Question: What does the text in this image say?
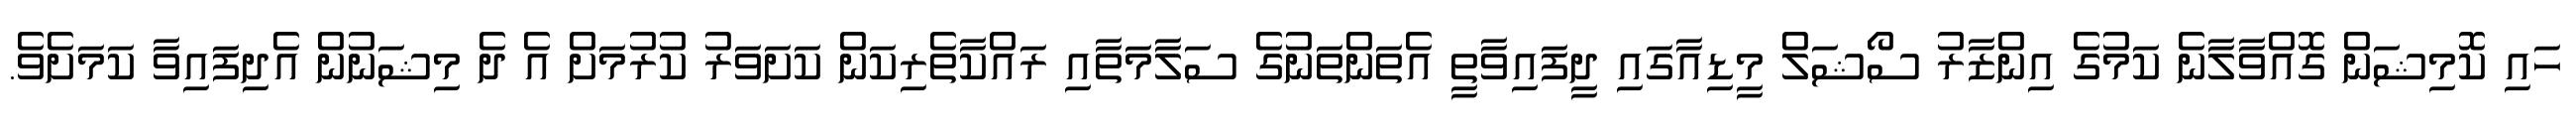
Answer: ހައި ކޮމިޝަން ގޮއްވާލާނެ ކަމުގެ އިންޒާރު ސޯޝަލް މީޑިއާގައި ދީފައިވާތީ އެތަންތަނުގެ ސަލާމަތާއި ރައްކާތެރިކަން ކަށަވަރު ކުރުމަށް އެ ދެ މިޝަނުން އެދިފައިވާ ކަމަށެވެ.